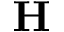
\bf H